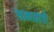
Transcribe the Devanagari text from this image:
स्तनाग्रांची